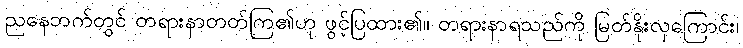
ညနေဘက်တွင် တရားနာတတ်ကြ၏ဟု ဖွင့်ပြထား၏။ တရားနာရသည်ကို မြတ်နိုးလှကြောင်း၊